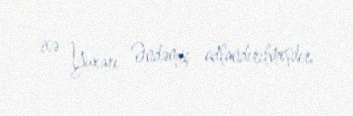
isə Yuxarı Əndəmiç adlandırılmışdır.